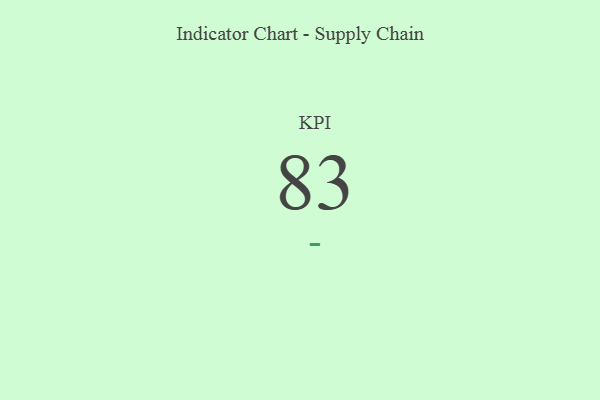
{"axis": {"x": "KPI", "y": "Value"}, "legend": [""], "data": [{"x": "KPI", "y": 83, "type": ""}]}